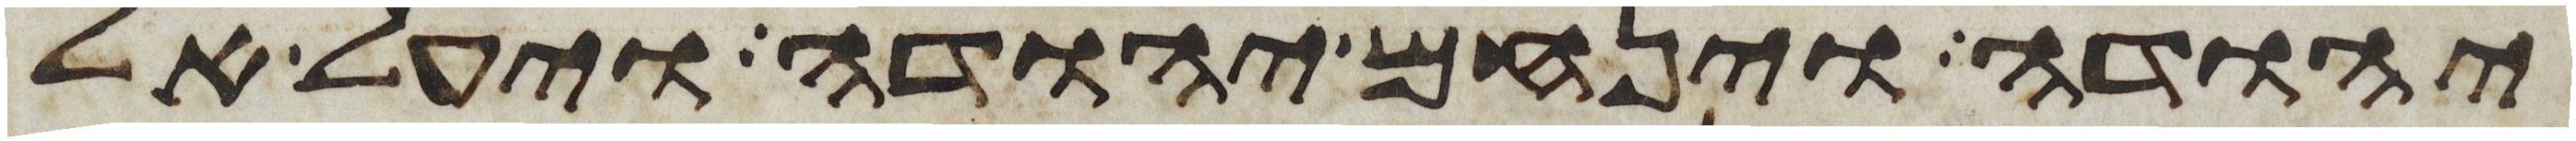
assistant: יהודה וינחם יהודה ויעל אל